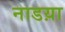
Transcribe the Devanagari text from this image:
नाडय़ा